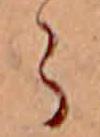
ら